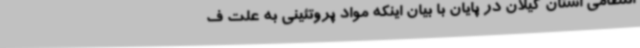
انتظامی استان گیلان در پایان با بیان اینکه مواد پروتئینی به علت ف